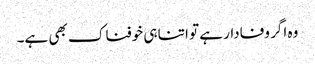
وہ اگر وفادار ہے تو اتنا ہی خوفناک بھی ہے۔